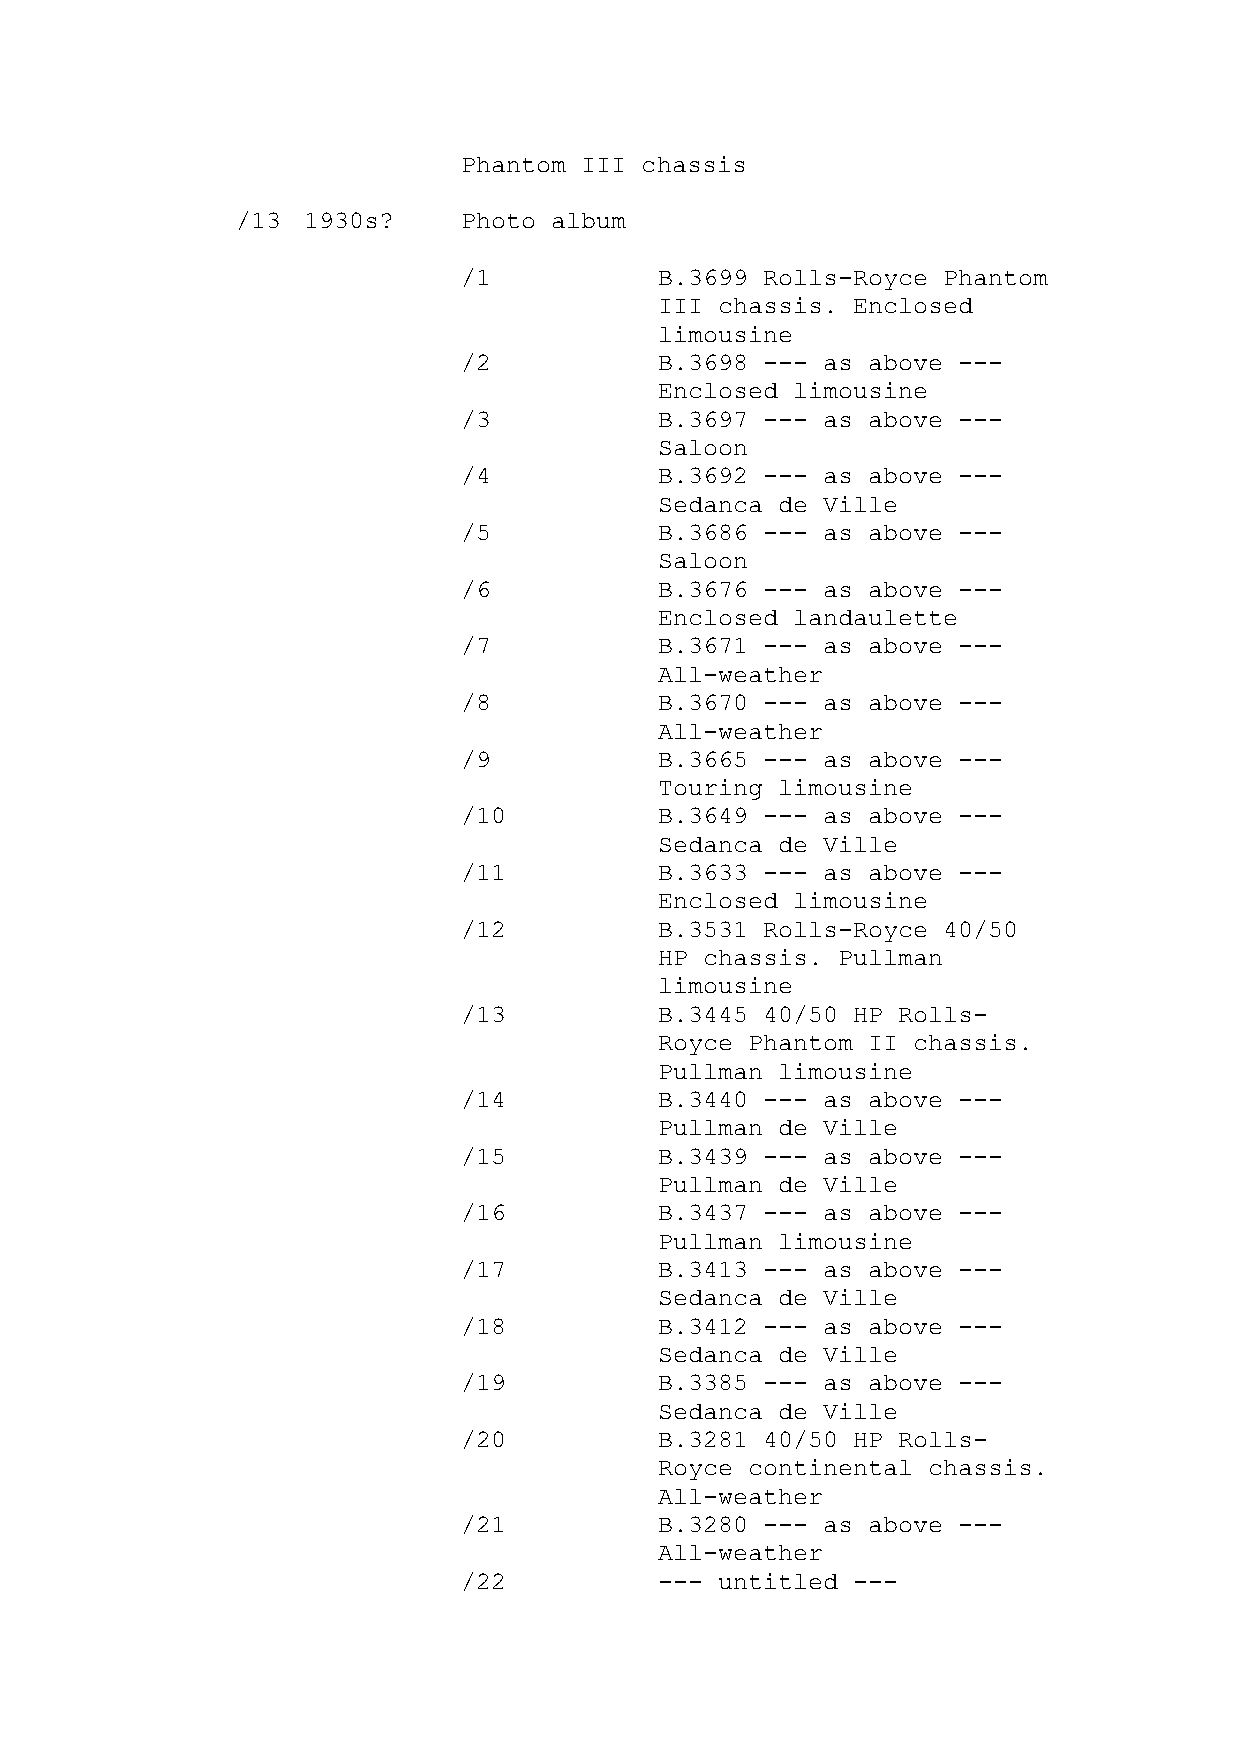
Phantom III chassis
 /13 1930s?     Photo album
 /1           B.3699 Rolls-Royce Phantom
 III chassis. Enclosed
 limousine
 /2           B.3698 --- as above ---
 Enclosed limousine
 /3           B.3697 --- as above ---
 Saloon
 /4           B.3692 --- as above ---
 Sedanca de Ville
 /5           B.3686 --- as above ---
 Saloon
 /6           B.3676 --- as above ---
 Enclosed landaulette
 /7           B.3671 --- as above ---
 All-weather
 /8           B.3670 --- as above ---
 All-weather
 /9           B.3665 --- as above ---
 Touring limousine
 /10          B.3649 --- as above ---
 Sedanca de Ville
 /11          B.3633 --- as above ---
 Enclosed limousine
 /12          B.3531 Rolls-Royce 40/50
 HP chassis. Pullman
 limousine
 /13          B.3445 40/50 HP Rolls-
 Royce Phantom II chassis.
 Pullman limousine
 /14          B.3440 --- as above ---
 Pullman de Ville
 /15          B.3439 --- as above ---
 Pullman de Ville
 /16          B.3437 --- as above ---
 Pullman limousine
 /17          B.3413 --- as above ---
 Sedanca de Ville
 /18          B.3412 --- as above ---
 Sedanca de Ville
 /19          B.3385 --- as above ---
 Sedanca de Ville
 /20          B.3281 40/50 HP Rolls-
 Royce continental chassis.
 All-weather
 /21          B.3280 --- as above ---
 All-weather
 /22          --- untitled ---